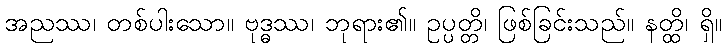
အညဿ၊ တစ်ပါးသော။ ဗုဒ္ဓဿ၊ ဘုရား၏။ ဥပ္ပတ္တိ၊ ဖြစ်ခြင်းသည်။ နတ္ထိ၊ ရှိ။